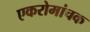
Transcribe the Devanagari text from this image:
एकरोमांचक